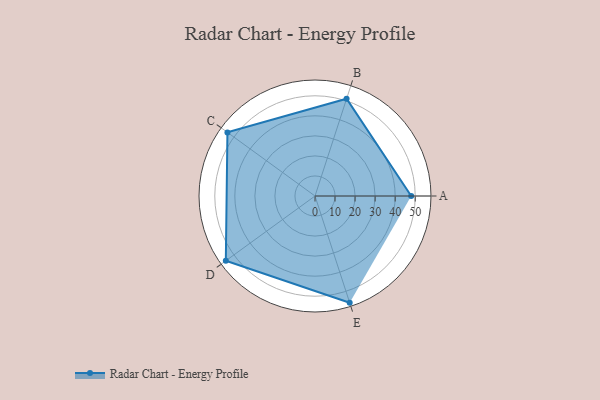
{"axis": {"x": "Skill", "y": "Score"}, "legend": ["Profile"], "data": [{"x": "A", "y": 48.0, "type": "Profile"}, {"x": "B", "y": 51.0, "type": "Profile"}, {"x": "C", "y": 54.0, "type": "Profile"}, {"x": "D", "y": 55.0, "type": "Profile"}, {"x": "E", "y": 56.0, "type": "Profile"}]}